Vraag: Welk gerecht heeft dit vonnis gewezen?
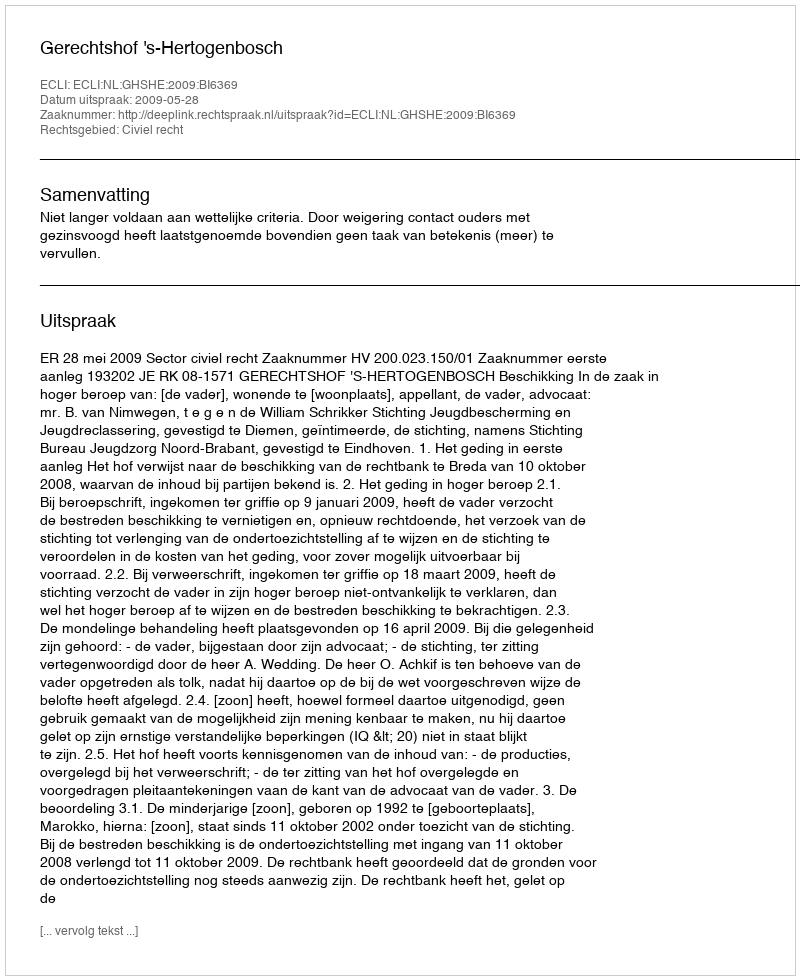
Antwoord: Gerechtshof 's-Hertogenbosch